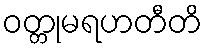
ဝတ္တုမရဟတီတိ